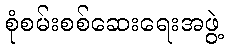
စုံစမ်းစစ်ဆေးရေးအဖွဲ့